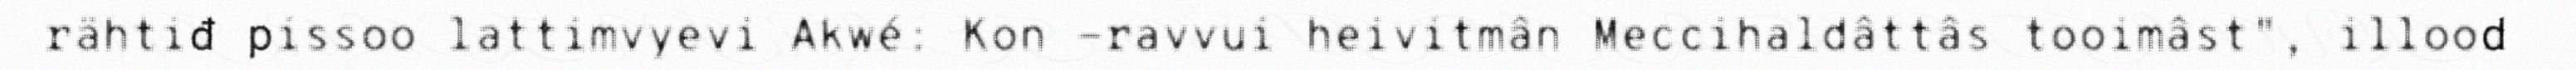
rähtiđ pissoo lattimvyevi Akwé: Kon -ravvui heivitmân Meccihaldâttâs tooimâst", illood